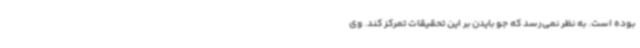
بوده است. به نظر نمی‌رسد که جو بایدن بر این تحقیقات تمرکز کند. وی